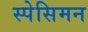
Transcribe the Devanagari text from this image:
स्पेसिमन